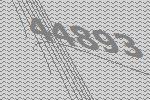
44893